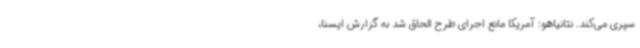
سپری می‌کند. نتانیاهو: آمریکا مانع اجرای طرح الحاق شد به گزارش ایسنا،